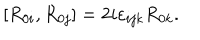
LaTeX: [ R _ { 0 i } , R _ { 0 j } ] = 2 i \varepsilon _ { i j k } R _ { 0 k } .